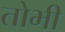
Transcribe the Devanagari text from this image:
तोभी